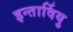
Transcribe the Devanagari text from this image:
इन्तार्वियु